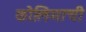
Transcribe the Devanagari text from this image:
कोलिमाची